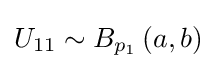
U_{11}\sim B_{p_{1}}\left(a,b\right)